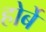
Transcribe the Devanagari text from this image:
होर्बे